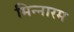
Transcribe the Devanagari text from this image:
मिन्नारम